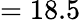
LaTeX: =18.5